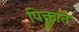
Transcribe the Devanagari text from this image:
पिक्तात